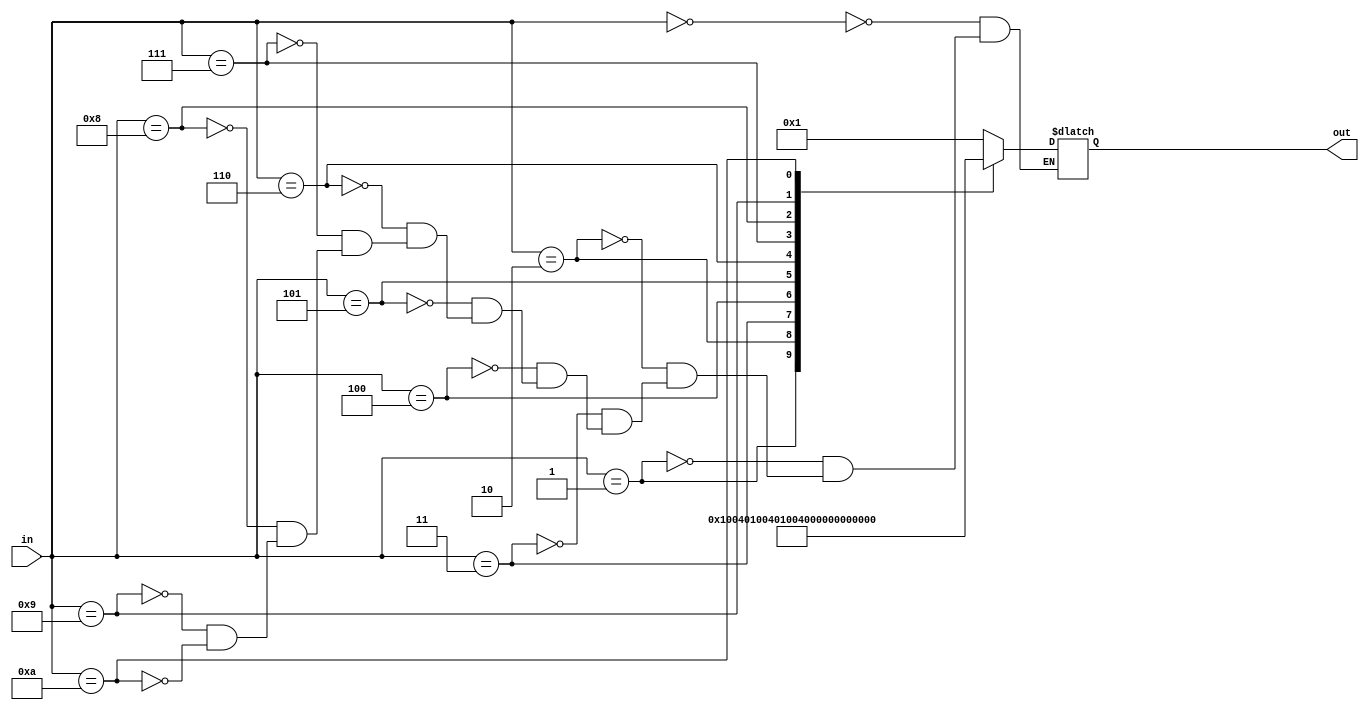
module decode_4to11 (in, out);
  input [3:0] in;
  output reg [10:0] out;

  always @(*) begin
    case(in)
      4'd0: out = 11'd1;
      4'd1: out = 11'd2;
      4'd2: out = 11'd4;
      4'd3: out = 11'd8;
      
      4'd4: out = 11'd16;
      4'd5: out = 11'd32;
      4'd6: out = 11'd64;
      4'd7: out = 11'd128;
      
      4'd8: out = 11'd256;
      4'd9: out = 11'd512;
      4'd10: out = 11'd1024;
    endcase
  end
endmodule